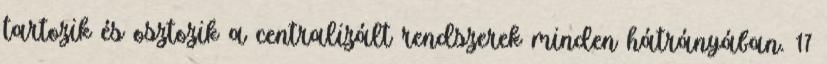
tartozik és osztozik a centralizált rendszerek minden hátrányában. 17